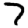
Digit: 7